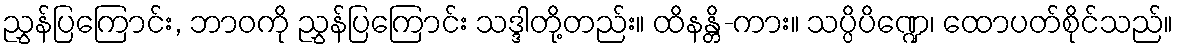
ညွှန်ပြကြောင်း, ဘာဝကို ညွှန်ပြကြောင်း သဒ္ဒါတို့တည်း။ ထိနန္တိ-ကား။ သပ္ပိပိဏ္ဍေ၊ ထောပတ်စိုင်သည်။